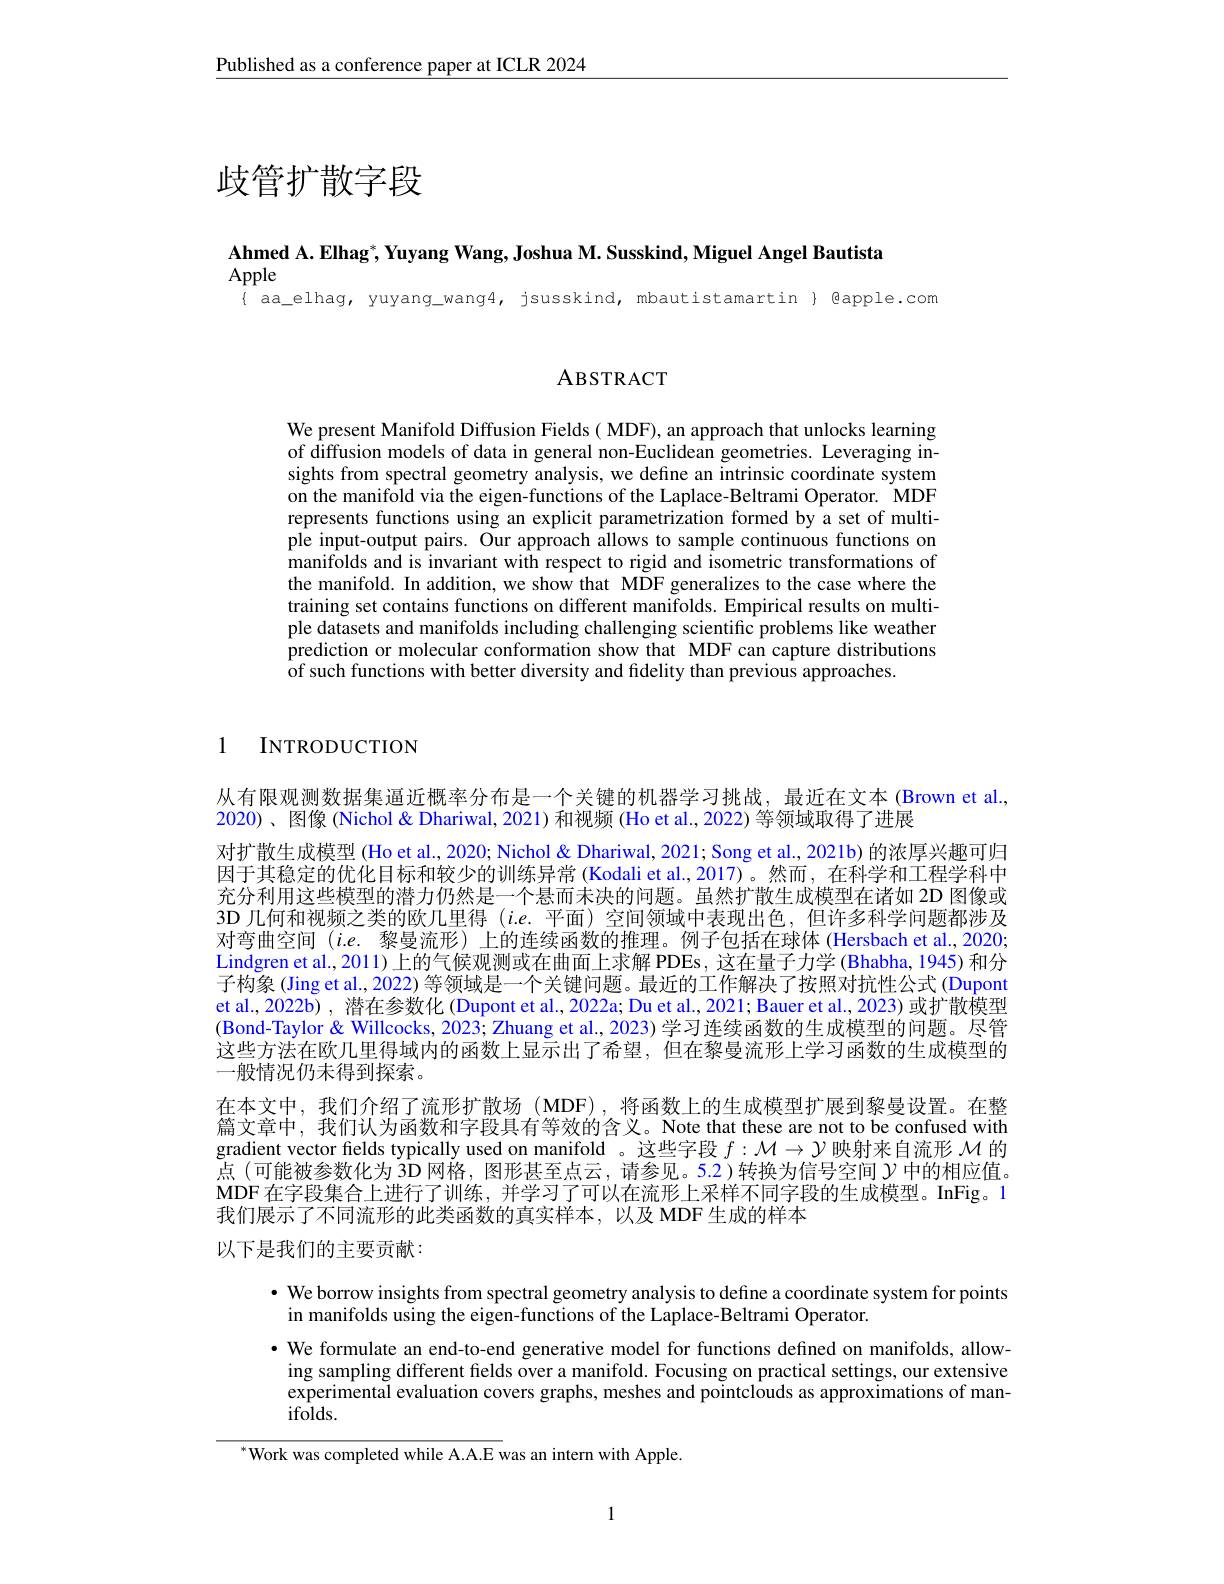
Published as a conference paper at ICLR 2024

# 歧管扩散字段

Ahmed A. Elhag$^*$,Yuyang Wang, Joshua M. Susskind, Miguel Angel Bautista

Apple

$\{$ aa\_elhag, yuyang\_wang4, jsusskind, mbautistamartin $\}$ Qapple.com

## ABSTRACT

We present Manifold Diffusion Fields ( MDF), an approach that unlocks learning of diffusion models of data in general non-Euclidean geometries. Leveraging insights from spectral geometry analysis, we define an intrinsic coordinate system on the manifold via the eigen-functions of the Laplace-Beltrami Operator. MDF represents functions using an explicit parametrization formed by a set of multiple input-output pairs. Our approach allows to sample continuous functions on manifolds and is invariant with respect to rigid and isometric transformations of the manifold. In addition, we show that MDF generalizes to the case where the training set contains functions on different manifolds. Empirical results on multiple datasets and manifolds including challenging scientific problems like weather prediction or molecular conformation show that MDF can capture distributions $\hat{\text{of such functions with better diversity and fidelity than previous approaches}}$

1 INTRODUCTION

从有限观测数据集逼近概率分布是一个关键的机器学习挑战，最近在文本(Brown et al.,
2020)、图像 (Nichol & Dhariwal, 2021) 和视频 (Ho et al., 2022) 等领域取得了进展
对扩散生成模型 (Ho et al., 2020; Nichol & Dhariwal, 2021; Song et al., 2021b) 的浓厚兴趣可归因于其稳定的优化目标和较少的训练异常 (Kodali et al.,2017)。然而，在科学和工程学科中充分利用这些模型的潜力仍然是一个悬而未决的问题。虽然扩散生成模型在诸如 2D 图像或3D 几何和视频之类的欧几里得 (i.e.平面) 空间领域中表现出色，但许多科学问题都涉及对弯曲空间$(i.e.$黎曼流形)上的连续函数的推理。例子包括在球体 (Hersbach et al,2020; Lindgren et al., 2011) 上的气候观测或在曲面上求解 PDEs, 这在量子力学 (Bhabha, 1945) 和分子构象 (Jing et al., 2022) 等领域是一个关键问题。最近的工作解决了按照对抗性公式 (Dupont et al., 2022b) , 潜在参数化 (Dupont et al., 2022a; Du et al., 2021; Bauer et al., 2023) 或扩散模型(Bond-Taylor & Willcocks, 2023; Zhuang et al., 2023) 学习连续函数的生成模型的问题。尽管这些方法在欧几里得域内的函数上显示出了希望，但在黎曼流形上学习函数的生成模型的一般情况仍未得到探索。
在本文中，我们介绍了流形扩散场(MDF),将函数上的生成模型扩展到黎曼设置。在整篇文章中，我们认为函数和字段具有等效的含义。Note that these are not to be confused with gradient vector fields typically used on manifold 。这些字段$f:\mathcal{M}\to\mathcal{Y}$映射来自流形$\mathcal{M}$的点(可能被参数化为 3D 网格，图形甚至点云，请参见。5.2)转换为信号空间$\gamma$中的相应值。MDF 在字段集合上进行了训练，并学习了可以在流形上采样不同字段的生成模型。InFig。1我们展示了不同流形的此类函数的真实样本，以及 MDF 生成的样本
以下是我们的主要贡献：

· We borrow insights from spectral geometry analysis to define a coordinate system for points
in manifolds using the eigen-functions of the Laplace-Beltrami Operator.
·We formulate an end-to-end generative model for functions defined on manifolds, allowing sampling different felds over a manifold. Focusing on practical settings, our extensive experimental evaluation covers graphs, meshes and pointclouds as approximations of manifolds.
${}^{*}$Work was completed while A.A.E was an intern with Apple.

1